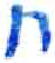
אות: ח